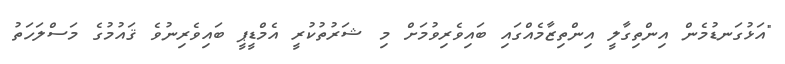
"އަޅުގަނޑުމެން އިންތިގާލީ އިންތިޒާމެއްގައި ބައިވެރިވުމަށް މި ޝަރުތުކުރީ އެމްޑީޕީ ބައިވެރިނުވެ ޤައުމުގެ މަސްލަހަތު